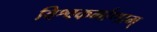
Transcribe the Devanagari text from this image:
विश्वकर्माणाम्